Report of the Indian Hemp Drugs Commission, 1894-1895 - Volume VI
Year: 1894
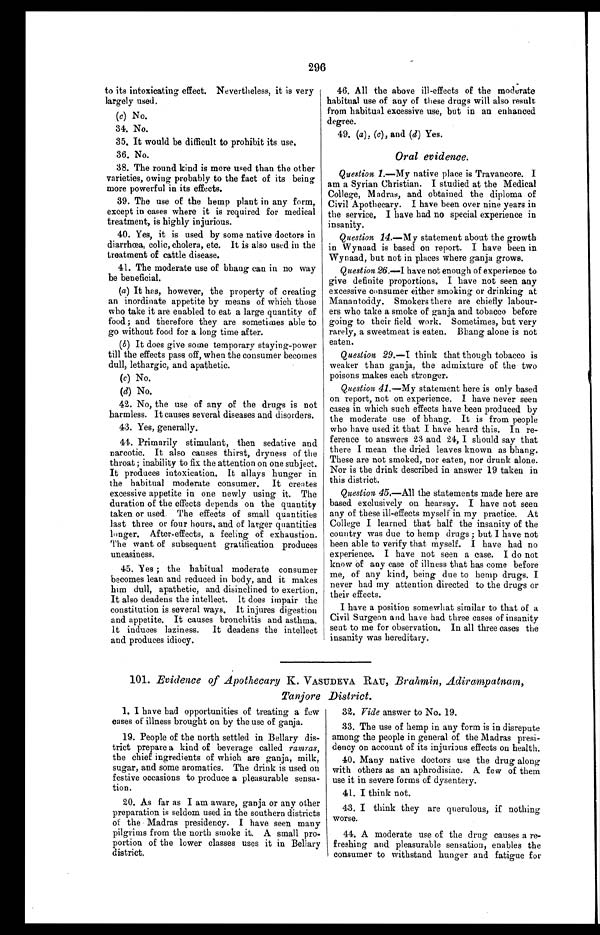
296
to its intoxicating effect. Nevertheless, it is very
largely used.
( c) No.
34. No.
35. It would be difficult to prohibit its use.
36. No.
38. The round kind is more used than the other
varieties, owing probably to the fact of its being
more powerful in its effects.
39. The use of the hemp plant in any form,
except in cases where it is required for medical
treatment, is highly injurious.
40. Yes, it is used by some native doctors in
diarrhœa, colic, cholera, etc. It is also used in the
treatment of cattle disease.
41. The moderate use of bhang can in no way
be beneficial.
(a) It has, however, the property of creating
an inordinate appetite by means of which those
who take it are enabled to eat a large quantity of
food; and therefore they are sometimes able to
go without food for a long time after.
(b) It does give some temporary staying-power
till the effects pass off, when the consumer becomes
dull, lethargic, and apathetic.
(c) No.
(d) No.
42. No, the use of any of the drugs is not
harmless. It causes several diseases and disorders.
43. Yes, generally.
44. Primarily stimulant, then sedative and
narcotic. It also causes thirst, dryness of the
throat; inability to fix the attention on one subject.
It produces intoxication. It allays hunger in
the habitual moderate consumer. It creates
excessive appetite in one newly using it. The
duration of the effects depends on the quantity
taken or used. The effects of small quantities
last three or four hours, and of larger quantities
longer. After-effects, a feeling of exhaustion.
The want of subsequent gratification produces
uneasiness.
45. Yes; the habitual moderate consumer
becomes lean and reduced in body, and it makes
him dull, apathetic, and disinclined to exertion.
It also deadens the intellect. It does impair the
constitution is several ways. It injures digestion
and appetite. It causes bronchitis and asthma.
It induces laziness. It deadens the intellect
and produces idiocy.
46. All the above ill-effects of the mod erate
habitual use of any of these drugs will also result
from habitual excessive use, but in an enhanced
degree.
49. (a ),( c ) , a n d (
d ) Y e s .
Oral evidence.
Question 1. —My native place is Travancore. I
am a Syrian Christian. I studied at the Medical
College, Madras, and obtained the diploma of
Civil Apothecary. I have been over nine years in
the service. I have had no special experience in
insanity.
Question 14. —My statement about the growth
in Wynaad is based on report. I have been in
Wynaad, but not in places where ganja grows.
Question 26.— I h a v e n o t e n o u g h o f e x p e r i e n c e t o
give definite proportions. I have not seen any
excessive consumer either smoking or drinking at
Manantoddy. Smokers there are chiefly labou
r - e r s w h o t a k e a s m o k e o f g a n j a a n d t o b a c c o b e f o r e
going to their field work. Sometimes, but very
rarely, a sweetmeat is eaten. Bhang alone is not
eaten.
Question 29. —I think that though tobacco is
weaker than ganja, the admixture of the two
poisons makes each stronger.
Question 41 .—My statement here is only based
on report, not on experience. I have never seen
cases in which such effects have been produced by
the moderate use of bhang. It is from people
who have used it that I have heard this. In re
-ference to answers 23 and 24, I should say that
there I mean the dried leaves known as bhang.
These are not smoked, nor eaten, nor drunk alone.
Nor is the drink described in answer 19 taken in
this district.
Question 45 .—All the statements made here are
based exclusively on hearsay. I have not seen
any of these ill-effects myself in my practice. At
College I learned that half the insanity of the
country was due to hemp drugs; but I have not
been able to verify that myself. I have had no
experience. I have not seen a case. I do not
know of any case of illness that has come before
me, of any kind, being due to hemp drugs. I
never had my attention directed to the drugs or
their effects.
I have a position somewhat similar to that of a
Civil Surgeon and have had three cases of insanity
seat to me for observation. In all three cases the
insanity was hereditary.
101. Evidence of Apothecary K. VASUDEVA RAU, Brahmin, Adirampatnam,
Tanjore District.
1. I have bad opportunities of treating a few
cases of illness brought on by the use of ganja.
19. People of the north settled in Bellary dis
- t r i c t p r e p a r e a k i n d o f b e v e r a g e c a l l e dr
a m r a s ,
the chief ingredients of which are ganja, milk,
sugar, and some aromatics. The drink is used on
festive occasions to produce a pleasurable sensa
- t i o n .
20. As far as I am aware, ganja or any other
preparation is seldom used in the southern districts
of the Madras presidency. I have seen many
pilgrims from the north smoke it. A small pro
- p o r t i o n o f t h e l o w e r c l a s s e s u s e s i t i n B e l l a r y
district.
32.
32. Vide answer to No. 19.
33. The use of hemp in any form is in disrepute
among the people in general of the Madras presi
-dency on account of its injurious effects on health.
40. Many native doctors use the drug along
with others as an aphrodisiac. A few of them
use it in severe forms of dysentery.
41. I think not.
43. I think they are querulous, if nothing
worse.
44. A moderate use of the drug causes a re
- f r e s h i n g
. a n d p l e a s u r a b l e s e n s a t i o n , e n a b l e s t h e
consumer to withstand hunger and fatigue for